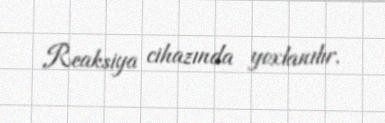
Reaksiya cihazında yoxlanılır.